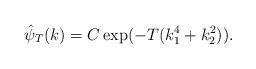
LaTeX: \begin{align*}\hat{\psi}_T (k)= C \exp(-T(k_1^4 + k_2^2)).\end{align*}